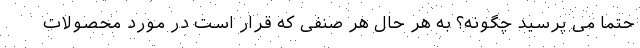
حتماً می پرسید چگونه؟ به هر حال هر صنفی که قرار است در مورد محصولات